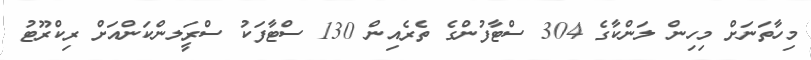
މިހާތަނަށް މިހިން ލަންކާގެ 304 ސްޓާފުންގެ ތެރެއިން 130 ސްޓާފަކު ސްރީަލންކަންއަށް ރިކްރޫޓު